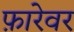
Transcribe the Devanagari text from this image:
फ़ारेवर